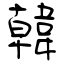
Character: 韓